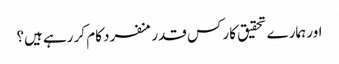
اور ہمارے تحقیق کار کس قدر منفرد کام کر رہے ہیں؟